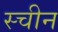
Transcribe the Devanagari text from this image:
स्चीन